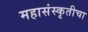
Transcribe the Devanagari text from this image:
महासंस्कृतीचा